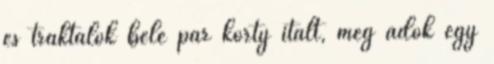
és traktálok bele pár korty italt, meg adok egy